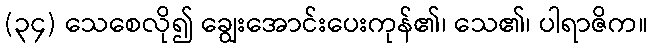
(၃၄) သေစေလို၍ ချွေးအောင်းပေးကုန်၏၊ သေ၏၊ ပါရာဇိက။